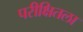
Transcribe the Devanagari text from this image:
परीक्षितला